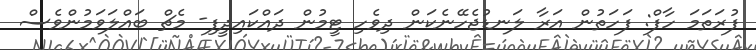
ފުރަތަމަ ހާފް: ފަހަތުން އަރާ ލަނޑުޖެހޭނެކަން ދިވެހި ޓީމުން ދައްކައިދީފި- މެޗް ބައްލަވަމުންވެސް